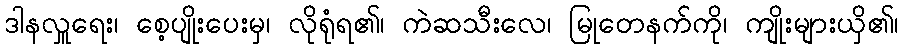
ဒါနလှူရေး၊ စေ့ပျိုးပေးမှ၊ လိုရုံရ၏၊ ကဲဆသီးလေ၊ မြုတေနက်ကို၊ ကျိုးများယှိ၏၊